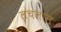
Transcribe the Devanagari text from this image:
लचलान